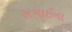
સગાઈના